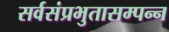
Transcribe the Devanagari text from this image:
सर्वसंप्रभुतासम्पन्न